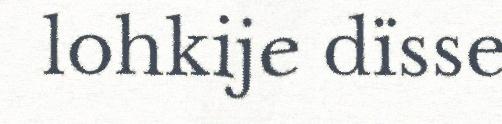
lohkije dïsse